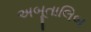
અબૂતાલિબ